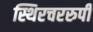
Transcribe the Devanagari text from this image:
स्थिरचररुपी